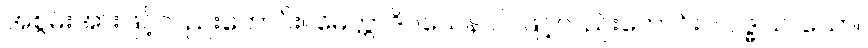
အစွမ်းအားဖြင့်လည်းကောင်း။ မေတ္တာဒိဝသေန ဝါ၊ ဖြင့်လည်းကောင်း။ လဒ္ဓါယ၊ သော။